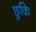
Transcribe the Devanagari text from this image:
छुकि